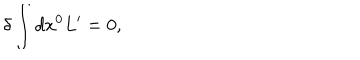
\delta \int d x ^ { 0 } L ^ { \prime } = 0 ,